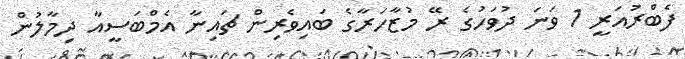
ފެބްރުއަރީ 1 ވަނަ ދުވަހުގެ ރޭ މުޒާހަރާގެ ބައިވެރިން ޗައިނާ އެމްބަސީއާ ދިމާލުން